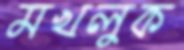
মখলুক